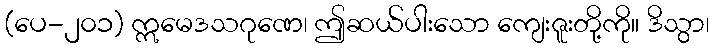
(ပေ-၂၀၁) ဣမေဒသဂုဏေ၊ ဤဆယ်ပါးသော ကျေးဇူးတို့ကို။ ဒိသွာ၊